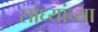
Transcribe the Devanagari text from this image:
सांध्यांच्या